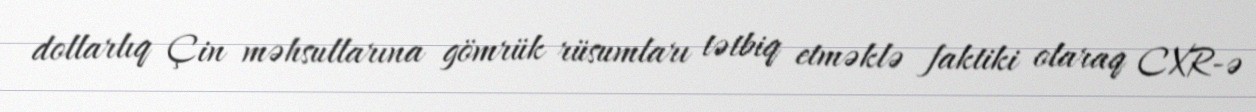
dollarlıq Çin məhsullarına gömrük rüsumları tətbiq etməklə faktiki olaraq CXR-ə